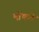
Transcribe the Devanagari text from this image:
भोंकते